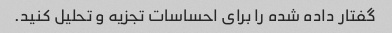
گفتار داده شده را برای احساسات تجزیه و تحلیل کنید.